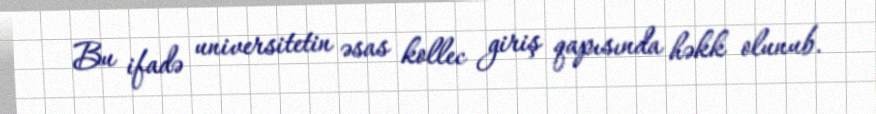
Bu ifadə universitetin əsas kollec giriş qapısında həkk olunub.